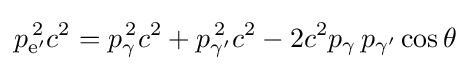
p_{{\text{e}}'}^{\,2}c^{2}=p_{\gamma }^{\,2}c^{2}+p_{\gamma '}^{\,2}c^{2}-2c^{2}p_{\gamma }\,p_{\gamma '}\cos \theta